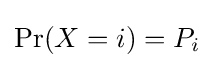
\Pr(X=i)=P_{i}